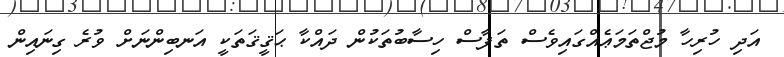
އަދި ހުރިހާ މުޖްތަމަޢެއްގައިވެސް ތަފާސް ހިސާބުތަކުން ދައްކާ ޙަޤީޤަތަކީ އަނބިންނަށް ވުރެ ގިނައިން